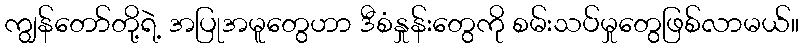
ကျွန်တော်တို့ရဲ့ အပြုအမူတွေဟာ ဒီစံနှုန်းတွေကို စမ်းသပ်မှုတွေဖြစ်လာမယ်။